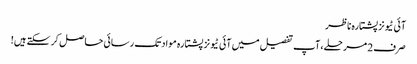
آئی ٹیونز پشتارہ ناظر
صرف 2 مرحلے، آپ تفصیل میں آئی ٹیونز پشتارہ مواد تک رسائی حاصل کر سکتے ہیں!